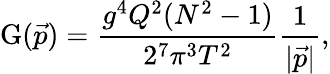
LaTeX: \mathrm{G}(\vec{p})=\frac{g^{4}Q^{2}(N^{2}-1)}{2^{7}\pi^{3}T^{2}}\frac{1}{|\vec{p}|},